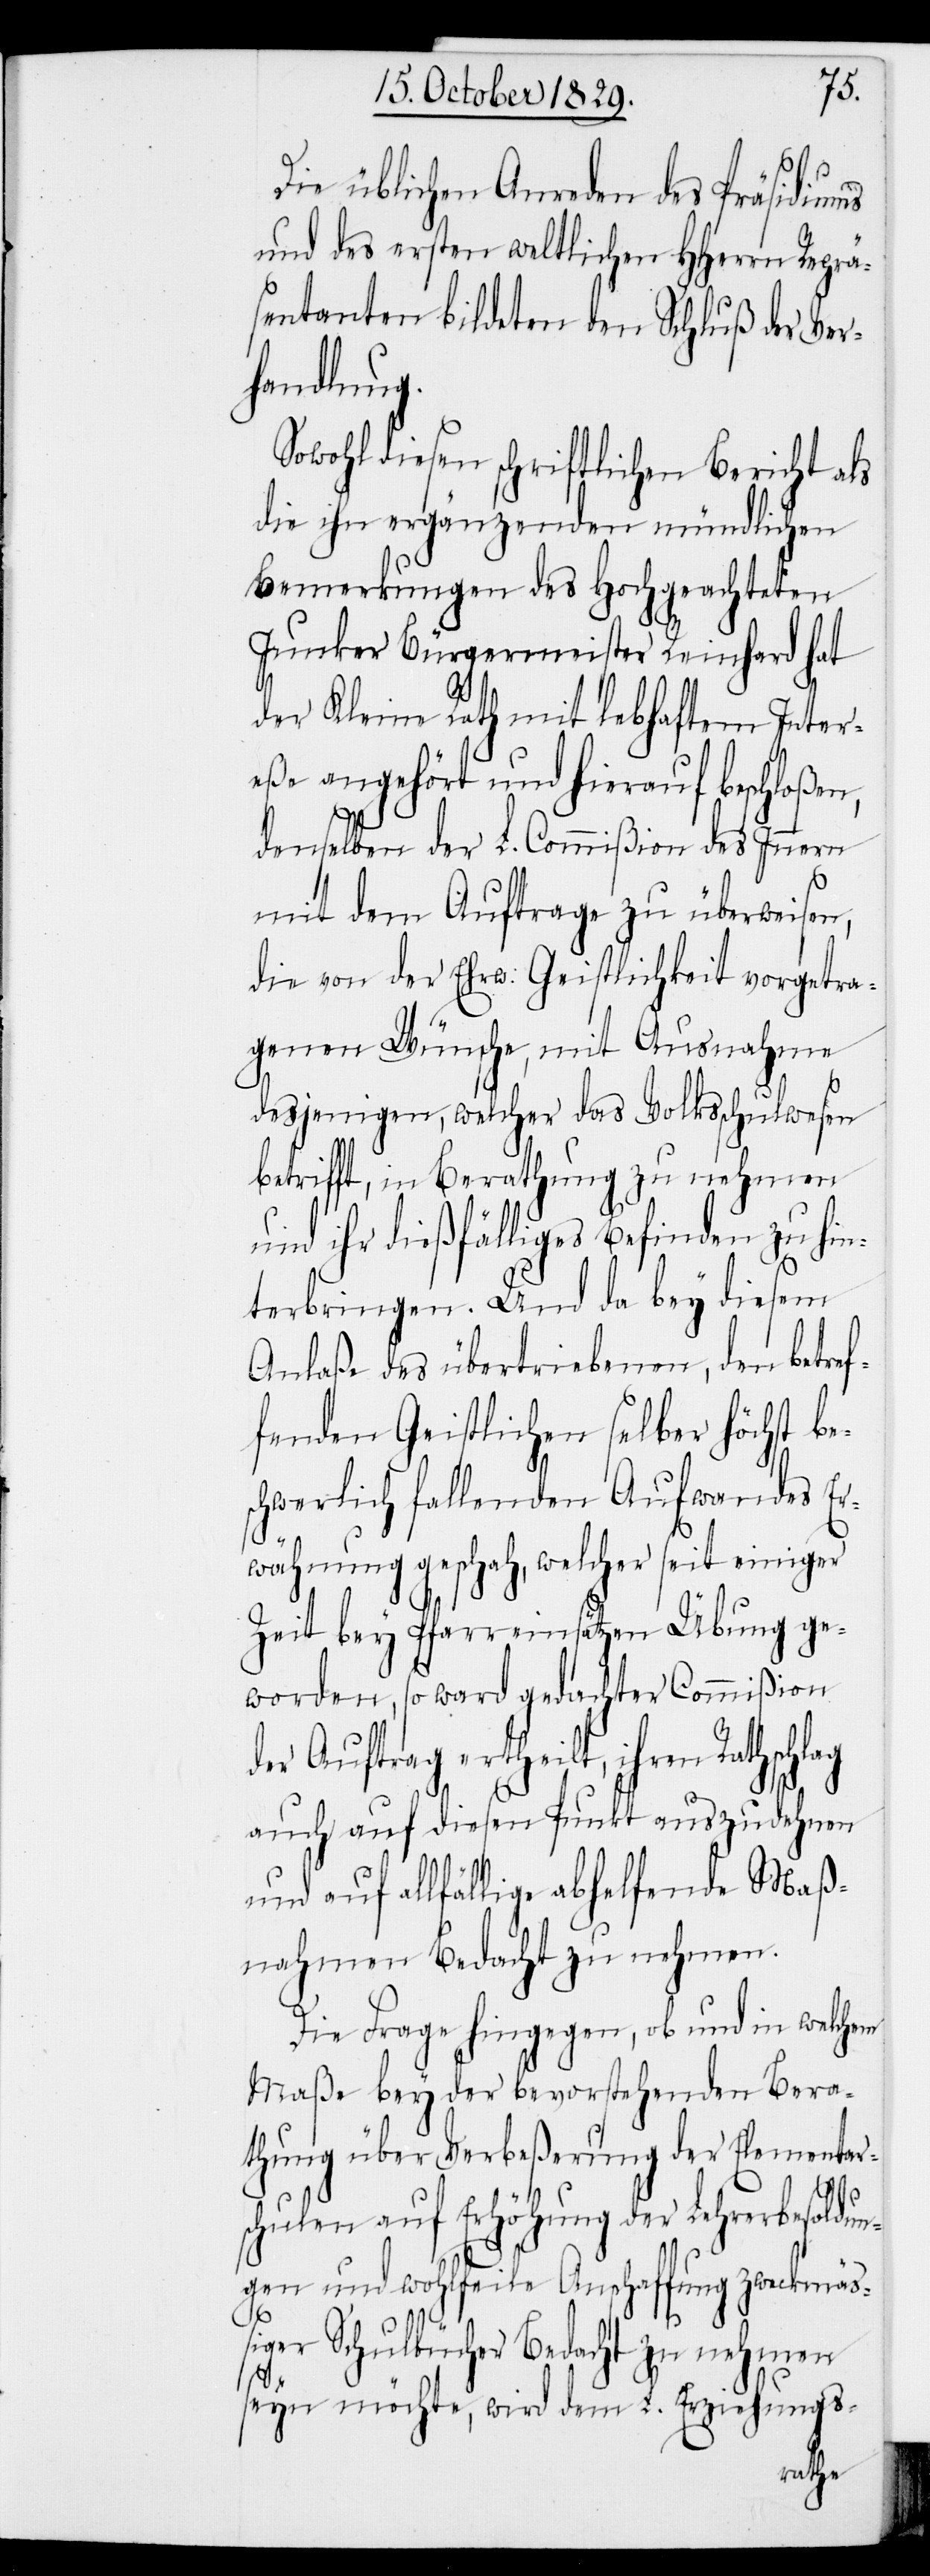
Die üblichen Anreden des Präsidiums
und des ersten weltlichen HHerrn Reprä¬
sentanten bildeten den Schluß der Ver¬
handlung.
Sowohl diesen schriftlichen Bericht als
die ihn ergänzenden mündlichen
Bemerkungen des Hochgeachteten
Junker Bürgermeister Reinhard hat
der Kleine Rath mit lebhaftem Inter¬
eße angehört und hierauf beschloßen,
denselben der L. Commißion des Innern
mit dem Auftrage zu überweisen,
die von der Ehrw. Geistlichkeit vorgetra¬
genen Wünsche, mit Ausnahme
desjenigen, welcher das Volksschulwesen
betrifft, in Berathung zu nehmen
und ihr dießfälliges Befinden zu hin¬
terbringen. Und da bey diesem
Anlaße des übertriebenen, den betref¬
fenden Geistlichen selber höchst be¬
schwerlich fallenden Aufwandes Er¬
wähnung geschah, welcher seit einiger
Zeit bey Pfarreinsätzen Übung ge¬
worden, so war gedachter Commißion
der Auftrag ertheilt, ihren Rathschlag
auch auf diesen Punkt auszudehnen
und auf allfällige abhelfende Maaß¬
nahmen Bedacht zu nehmen.
Die Frage hingegen, ob und in welchem
Maße bey der bevorstehenden Bera¬
thung über Verbeßerung der Elementars¬
chulen auf Erhöhung der Lehrerbesoldu¬
ngen und wohlfeile Anschaffung zweckmäß¬
iger Schulbücher Bedacht zu nehmen
seyn möchte, wird dem L. Erziehungs-